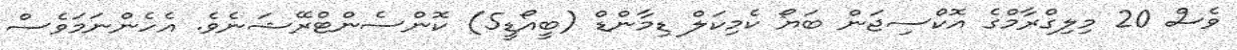
ވެސް 20 މިލިގްރާމްގެ އޮކްސިޖަން ބަޔޯ ކެމިކަލް ޑިމާންޑް (ބީއޯޑީ5) ކޮންސެންޓްރޭޝަނެވެ. އެހެންނަމަވެސް